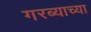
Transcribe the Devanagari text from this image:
गरब्याच्या